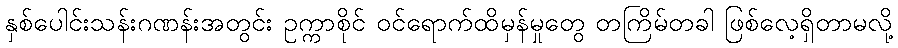
နှစ်ပေါင်းသန်းဂဏန်းအတွင်း ဥက္ကာစိုင် ဝင်ရောက်ထိမှန်မှုတွေ တကြိမ်တခါ ဖြစ်လေ့ရှိတာမလို့